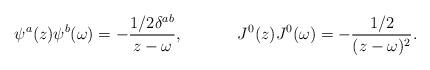
LaTeX: \begin{align*}\psi^a(z)\psi^b(\omega)=-\frac{1/2\delta^{ab}}{z-\omega},~~~~~~~~~~J^0(z)J^0(\omega)=-\frac{1/2}{(z-\omega)^2}.\end{align*}